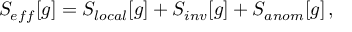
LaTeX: S _ { e f f } [ g ] = S _ { l o c a l } [ g ] + S _ { i n v } [ g ] + S _ { a n o m } [ g ] \, ,